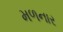
મળનાર